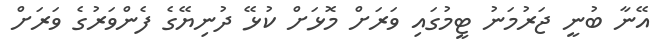
އޭނާ ބުނީ ޖަރުމަނު ޓީމުގައި ވަރަށް މޮޅަށް ކުޅޭ ދުނިޔޭގެ ފެންވަރުގެ ވަރަށް